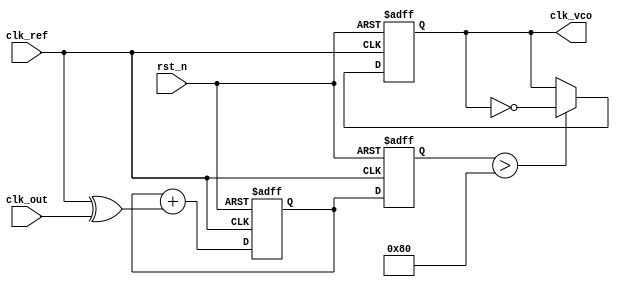
module MemoryBlocksPLL (
    input wire clk_ref,          // Reference clock
    input wire clk_out,          // Output clock
    input wire rst_n,            // Active low reset
    output reg clk_vco           // Output clock from VCO
);

// Parameters
parameter N = 8;               // Number of bits for phase error
parameter MEMORY_DEPTH = 16;   // Depth of memory blocks

// Memory for phase error values
reg [N-1:0] phase_error_mem [0:MEMORY_DEPTH-1];
reg [3:0] memory_addr;         // Address for memory access

// Control voltage
reg [N-1:0] control_voltage;
reg [N-1:0] filtered_error;    // Filtered phase error

// Phase Detector (PD)
wire phase_error;
assign phase_error = clk_ref ^ clk_out; // Basic XOR for phase detection

// Loop Filter (LF)
always @(posedge clk_ref or negedge rst_n) begin
    if (~rst_n) begin
        filtered_error <= 0;
        control_voltage <= 0;
        memory_addr <= 0;
    end else begin
        // Filter phase error (simple integrator)
        filtered_error <= filtered_error + phase_error;
        control_voltage <= filtered_error; // Use filtered error as control voltage

        // Store phase error in memory
        phase_error_mem[memory_addr] <= phase_error;
        memory_addr <= (memory_addr + 1) % MEMORY_DEPTH; // Circular buffer
    end
end

// Voltage-Controlled Oscillator (VCO)
always @(posedge clk_ref or negedge rst_n) begin
    if (~rst_n) begin
        clk_vco <= 0; 
    end else begin
        // VCO logic (simplified)
        if (control_voltage > (1 << (N-1))) begin
            clk_vco <= ~clk_vco; // Toggle clock
        end
    end
end

endmodule